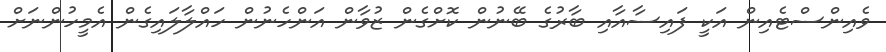
ވެއިންސްޓެއިން އަކީ ފައިސާއާއި ބާރުގެ ބޭނުން ކޮށްގެން ޒުވާން އަންހެނުން ހައްލާލައިގެން އެމީހުންނަށް